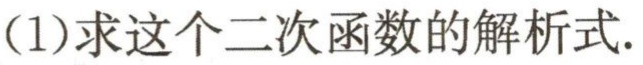
(1)求这个二次函数的解析式.